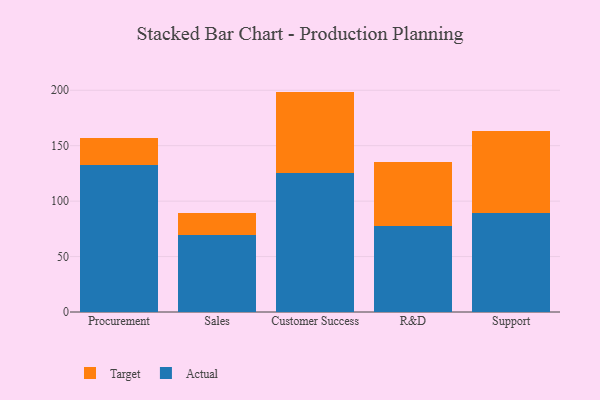
{"axis": {"x": "Department", "y": "Tickets Resolved"}, "legend": ["Actual", "Target"], "data": [{"x": "Procurement", "y": 132.6, "type": "Actual"}, {"x": "Procurement", "y": 24.3, "type": "Target"}, {"x": "Sales", "y": 69.6, "type": "Actual"}, {"x": "Sales", "y": 20.1, "type": "Target"}, {"x": "Customer Success", "y": 125.0, "type": "Actual"}, {"x": "Customer Success", "y": 73.8, "type": "Target"}, {"x": "R&D", "y": 77.9, "type": "Actual"}, {"x": "R&D", "y": 57.4, "type": "Target"}, {"x": "Support", "y": 89.3, "type": "Actual"}, {"x": "Support", "y": 74.2, "type": "Target"}]}